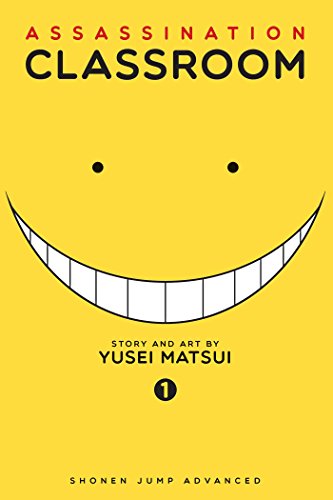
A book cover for Assassination Classroom, Vol. 1; Yusei Matsui; Comics & Graphic Novels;